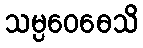
သမ္ပဝေဓေသိ